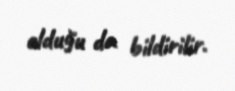
olduğu da bildirilir.